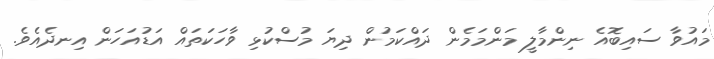
މައުވާ ސައިބޮއެ ނިންމާލީ މަންމަމެން ދައްކަމުން ދިޔަ މުސްކުޅި ވާހަކަތައް އަޑުއަހަން އިނދެއެވެ.